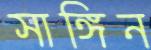
সাঙ্গিন